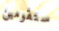
ستقومين